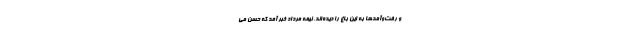
و رفت‌وآمدها به این باغ را دیده‌اند. نیمه مرداد خبر آمد که حسن می